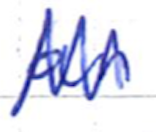
Text: an
Cross-out: zig-zag
Writing tool: ballpoint